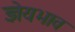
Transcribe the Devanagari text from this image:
ज्ञेयभाव